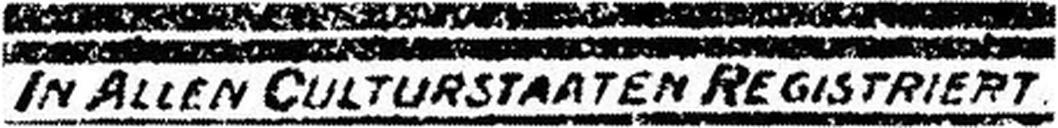
IN ALLEN CULTURSTAATEN REGISTRIERT